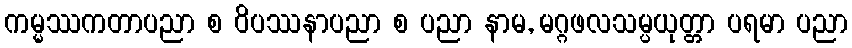
ကမ္မဿကတာပညာ စ ဝိပဿနာပညာ စ ပညာ နာမ, မဂ္ဂဖလသမ္ပယုတ္တာ ပရမာ ပညာ